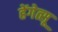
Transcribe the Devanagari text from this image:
हेंगेत्सू